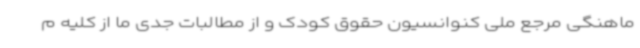
ماهنگی مرجع ملی کنوانسیون حقوق کودک و از مطالبات جدی ما از کلیه م